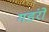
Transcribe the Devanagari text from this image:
गडंरों